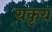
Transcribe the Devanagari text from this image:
यकृय